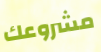
مشروعك